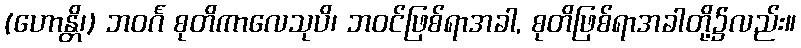
(ဟောန္တိ၊) ဘဝင်္ဂ စုတိကာလေသုပိ၊ ဘဝင်ဖြစ်ရာအခါ, စုတိဖြစ်ရာအခါတို့၌လည်း။